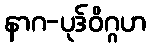
နာဂ-ပုဒ်ဝိဂ္ဂဟ